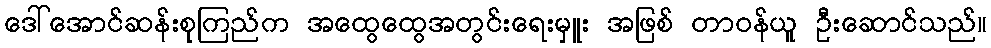
ဒေါ်အောင်ဆန်းစုကြည်က အထွေထွေအတွင်းရေးမှူး အဖြစ် တာဝန်ယူ ဦးဆောင်သည်။